Code of medical and sanitary regulations for the guidance of medical officers serving in the Madras Presidency - Volume I
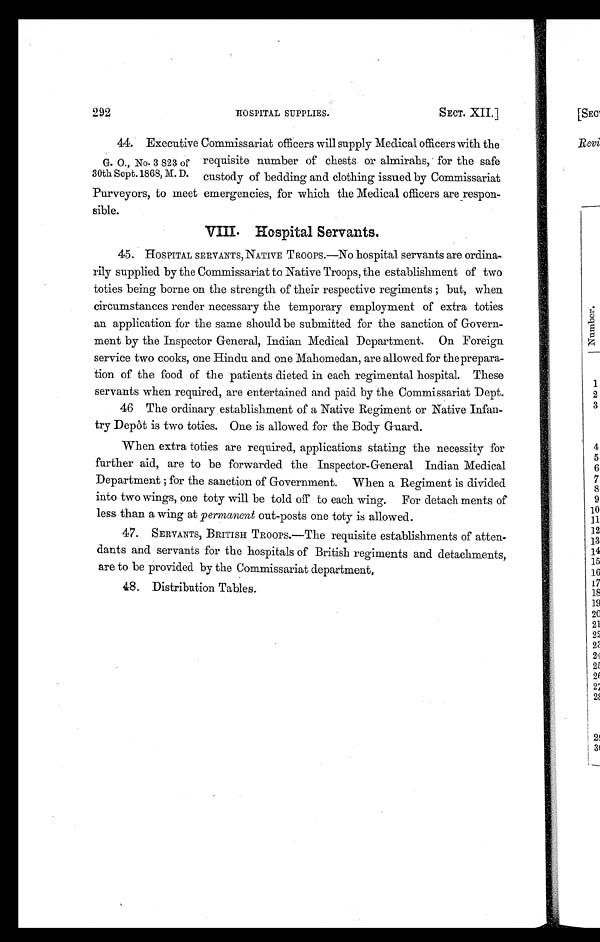
292
HOSPITAL SUPPLIES.
SECT. XII.]
G. O., No. 3 823 of
30th Sept. 1868, M. D.
44. Executive Commissariat officers will supply Medical officers with the
requisite number of chests or almirahs, for the safe
custody of bedding and clothing issued by Commissariat
Purveyors, to meet emergencies, for which the Medical officers are respon-
sible.
VIII. Hospital Servants.
45. HOSPITAL SERVANTS, NATIVE TROOPS.—No hospital servants are ordina-
rily supplied by the Commissariat to Native Troops, the establishment of two
toties being borne on the strength of their respective regiments; but, when
circumstances render necessary the temporary employment of extra toties
an application for the same should be submitted for the sanction of Govern-
ment by the Inspector General, Indian Medical Department. On Foreign
service two cooks, one Hindu and one Mahomedan, are allowed for the prepara-
tion of the food of the patients dieted in each regimental hospital. These
servants when required, are entertained and paid by the Commissariat Dept.
•
46 The ordinary establishment of a Native Regiment or Native Infan-
try Depôt is two toties. One is allowed for the Body Guard.
W When extra toties are required, applications stating the necessity for
further aid, are to be forwarded the Inspector-General Indian Medical
Department; for the sanction of Government. When a Regiment is divided
into two wings, one toty will be told off to each wing. For detach ments of
less than a wing at permanent out-posts one toty is allowed.
47. SERVANTS, BRITISH TROOPS.—The requisite establishments of atten-
dants and servants for the hospitals of British regiments and detachments,
are to be provided by the Commissariat department,
48, Distribution Tables
.